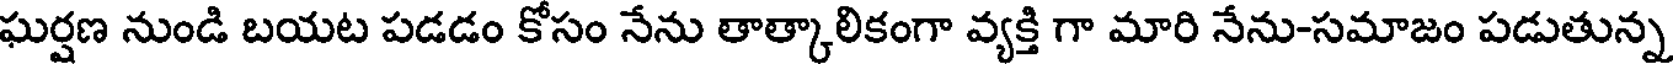
ఘర్షణ నుండి బయట పడడం కోసం నేను తాత్కాలికంగా వ్యక్తి గా మారి నేను-సమాజం పడుతున్న